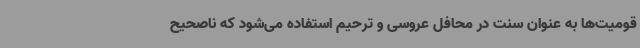
قومیت‌ها به عنوان سنت در محافل عروسی و ترحیم استفاده می‌شود که ناصحیح